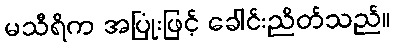
မသီရိက အပြုံးဖြင့် ခေါင်းညိတ်သည်။